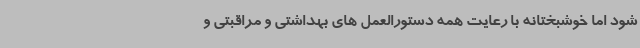
شود اما خوشبختانه با رعایت همه دستورالعمل های بهداشتی و مراقبتی و